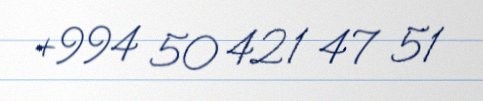
+994 50 421 47 51